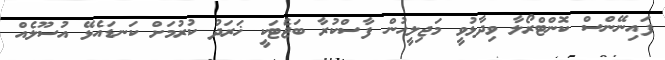
ފައިނޭންސް ކޮންޓްރޯލާ ވިދާޅުވީ މަޖިލީހުން ފާސްކުރާ ބަޖެޓަކީ ޚަރަދު ކުރުމަށް ކަނޑައެޅޭ އުސޫލެއް